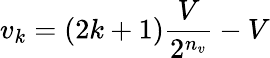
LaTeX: v_{k}=(2k+1)\frac{V}{2^{n_{v}}}-V